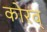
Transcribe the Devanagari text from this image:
कोरव्